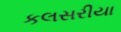
કલસરીયા